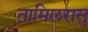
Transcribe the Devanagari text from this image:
तामिलरासु